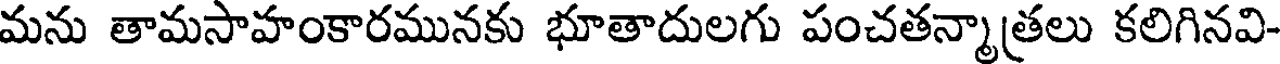
మను తామసాహంకారమునకు భూతాదులగు పంచతన్మాత్రలు కలిగినవి-